system: You are a helpful assistant.
user:
Analyze the provided spectrum to determine if it is a **Carbon Star (C-type)**.

- **Key Visual Indicators of Carbon Star:**
    - **(Primary):** Strong molecular absorption from **C₂ (diatomic carbon) "Swan Bands."** This is the **defining feature** of a carbon star.
        - **(Key Bandheads):** Sharp absorption edges are visible at approximately $5635$ Å, $5165$ Å (the strongest band), and $4737$ Å.
        - **(Line Profile):** Creates a distinct **"saw-tooth"** pattern. The key morphology is a sharp, steep bandhead on the **red (long-wavelength) side**, which then gradually tapers off (i.e., flux recovers) towards the **blue (short-wavelength) side**. *(This is the direct opposite of the TiO bands seen in M-type stars)*.

    - **(Secondary):** Intense **CN (cyanogen)** molecular absorption bands.
        - **(Key Bandheads):** Located in the blue and violet regions of the spectrum (e.g., near $4215$ Å and $3883$ Å).
        - **(Morphology):** These bands are extremely broad and act as a "blanket," absorbing the vast majority of blue and violet light. This creates a characteristic **"cliff"** or **"steep drop-off"** in the spectrum's flux at short wavelengths.

    - **(Key Confirmation):** Strong **CH absorption band (G-band)**.
        - **(Key Bandhead):** Located around $4300$ Å. The contribution from CH molecules to this band is exceptionally strong.

    - **(Overall Spectrum):**
        - The continuum is severely "chopped up" by these deep molecular bands, especially C₂, rather than appearing as a smooth curve.
        - Due to the heavy CN and C₂ absorption in the blue-green, the vast majority of the star's flux is concentrated in the red part of the spectrum, giving the star its characteristic deep red color.

Think first, call **spectral_visualization_tool** if needed to examine features in detail, then provide your final answer. Your response must adhere to the following strict rules:
1.  **Overall Structure:** Your response must follow the format `<think>...</think> <tool_call>...</tool_call> (if a tool is used) <answer>...</answer>`.
2.  **Tool Usage Constraint:** You may only make **one** tool call per turn.
3.  **Final Answer Format:** In the `<answer>` tag, your conclusion must be inside a `\boxed{}` command (e.g., `\boxed{YES}`), followed by your justification.

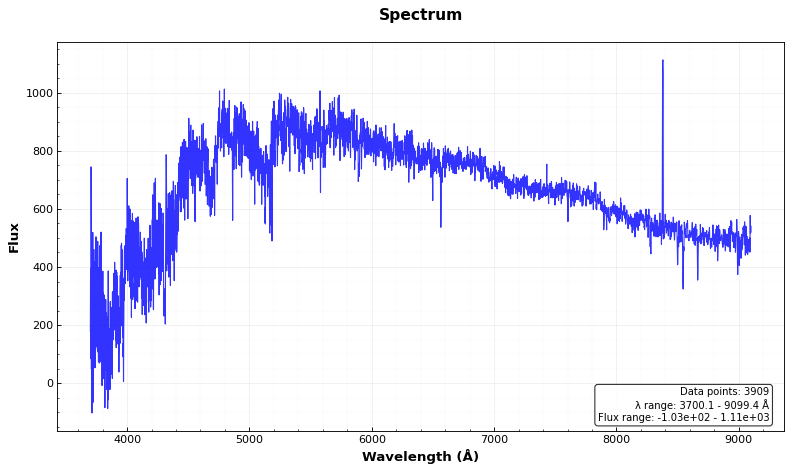
Answer: YES